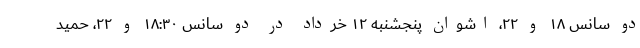
دو سانس ۱۸ و ۲۲، اشوان پنجشنبه ۱۲ خرداد در دو سانس ۱۸:۳۰ و ۲۲، حمید